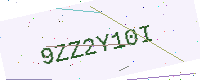
Text: 9ZZ2Y10I